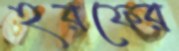
হরফের